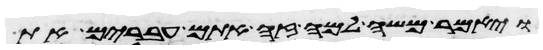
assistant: ויאמר משה למה זה אתם עברים את